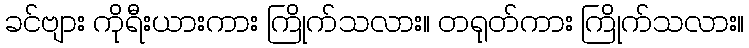
ခင်ဗျား ကိုရီးယားကား ကြိုက်သလား။ တရုတ်ကား ကြိုက်သလား။